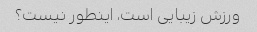
ورزش زیبایی است، اینطور نیست؟